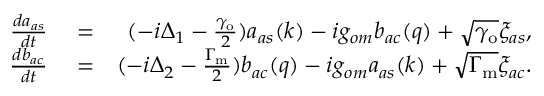
\begin{array} { r l r } { \frac { d a _ { a s } } { d t } } & { { } = } & { ( - i \Delta _ { 1 } - \frac { \gamma _ { \mathrm { o } } } { 2 } ) a _ { a s } ( k ) - i g _ { o m } b _ { a c } ( q ) + \sqrt { \gamma _ { \mathrm { o } } } \xi _ { a s } , } \\ { \frac { d b _ { a c } } { d t } } & { { } = } & { ( - i \Delta _ { 2 } - \frac { \Gamma _ { \mathrm { m } } } { 2 } ) b _ { a c } ( q ) - i g _ { o m } a _ { a s } ( k ) + \sqrt { \Gamma _ { \mathrm { m } } } \xi _ { a c } . } \end{array}